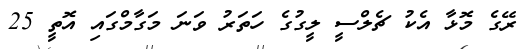
ރޭގެ މޮޅާ އެކު ޗެލްސީ ލީގުގެ ހަތަރު ވަނަ މަގާމްގައި އޮތީ 25